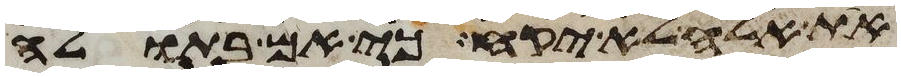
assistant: את אלה לא יקח כי אם בתולה